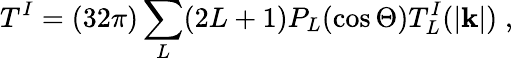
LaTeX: T^{I}=(32\pi)\sum_{L}(2L+1)P_{L}(\cos\Theta)T_{L}^{I}(|{\mathbf k}|)\; ,